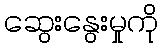
ဆွေးနွေးမှုကို